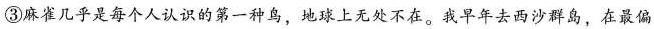
③麻雀几乎是每个人认识的第一种鸟，地球上无处不在。我早年去西沙群岛，在最偏